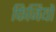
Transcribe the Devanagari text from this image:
फिजियों